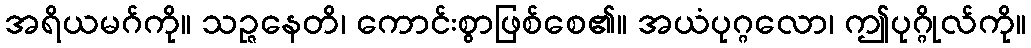
အရိယမဂ်ကို။ သဉ္ဇနေတိ၊ ကောင်းစွာဖြစ်စေ၏။ အယံပုဂ္ဂလော၊ ဤပုဂ္ဂိုလ်ကို။